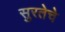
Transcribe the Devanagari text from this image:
सुरतेचे